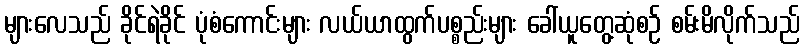
များလေသည် ခိုင်ရဲခိုင် ပုံစံကောင်းများ လယ်ယာထွက်ပစ္စည်းများ ခေါ်ယူတွေ့ဆုံစဉ် စမ်းမိလိုက်သည်